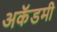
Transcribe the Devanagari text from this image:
अकॅडमी